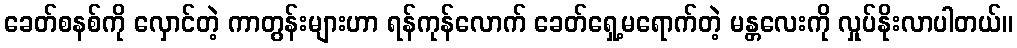
ခေတ်စနစ်ကို လှောင်တဲ့ ကာတွန်းများဟာ ရန်ကုန်လောက် ခေတ်ရှေ့မရောက်တဲ့ မန္တလေးကို လှုပ်နိုးလာပါတယ်။